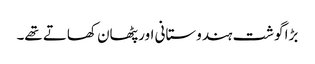
بڑا گوشت ہندوستانی اور پٹھان کھاتے تھے۔